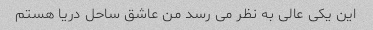
این یکی عالی به نظر می رسد من عاشق ساحل دریا هستم